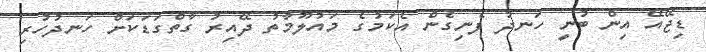
ޑިޖޭއޭ އިން ބުނީ ހަނދު ފެނިގެން އެކަމުގެ މައުލޫމާތު ދޭއިރު ގާތްގަޑަކަށް ހަނދުހުރި